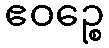
ဧဝဉ္စေ